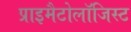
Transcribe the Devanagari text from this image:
प्राइमैटोलॉजिस्ट